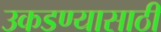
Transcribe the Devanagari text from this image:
उकडण्यासाठी